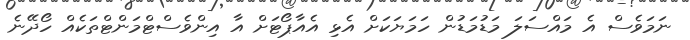
ނަމަވެސް އެ މައްސަލަ މަޑުމަޑުން ހަމަޔަކަށް އެޅި އެއާޕޯޓަށް އާ އިންވެސްޓްމަންޓްތަކެއް ހޯދޭނެ